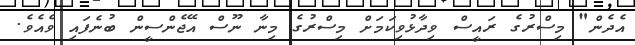
އެދެން" މިސްރުގެ ރައީސް ވިދާޅުވިކަމަށް މިސްރުގެ މިނާ ނޫސް އޭޖެންސީން ބުނެފައި ވެއެވެ.